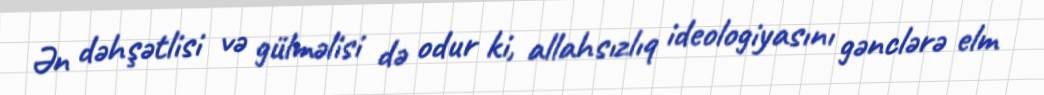
Ən dəhşətlisi və gülməlisi də odur ki, allahsızlıq ideologiyasını gənclərə elm